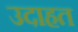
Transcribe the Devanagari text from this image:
उदाहत